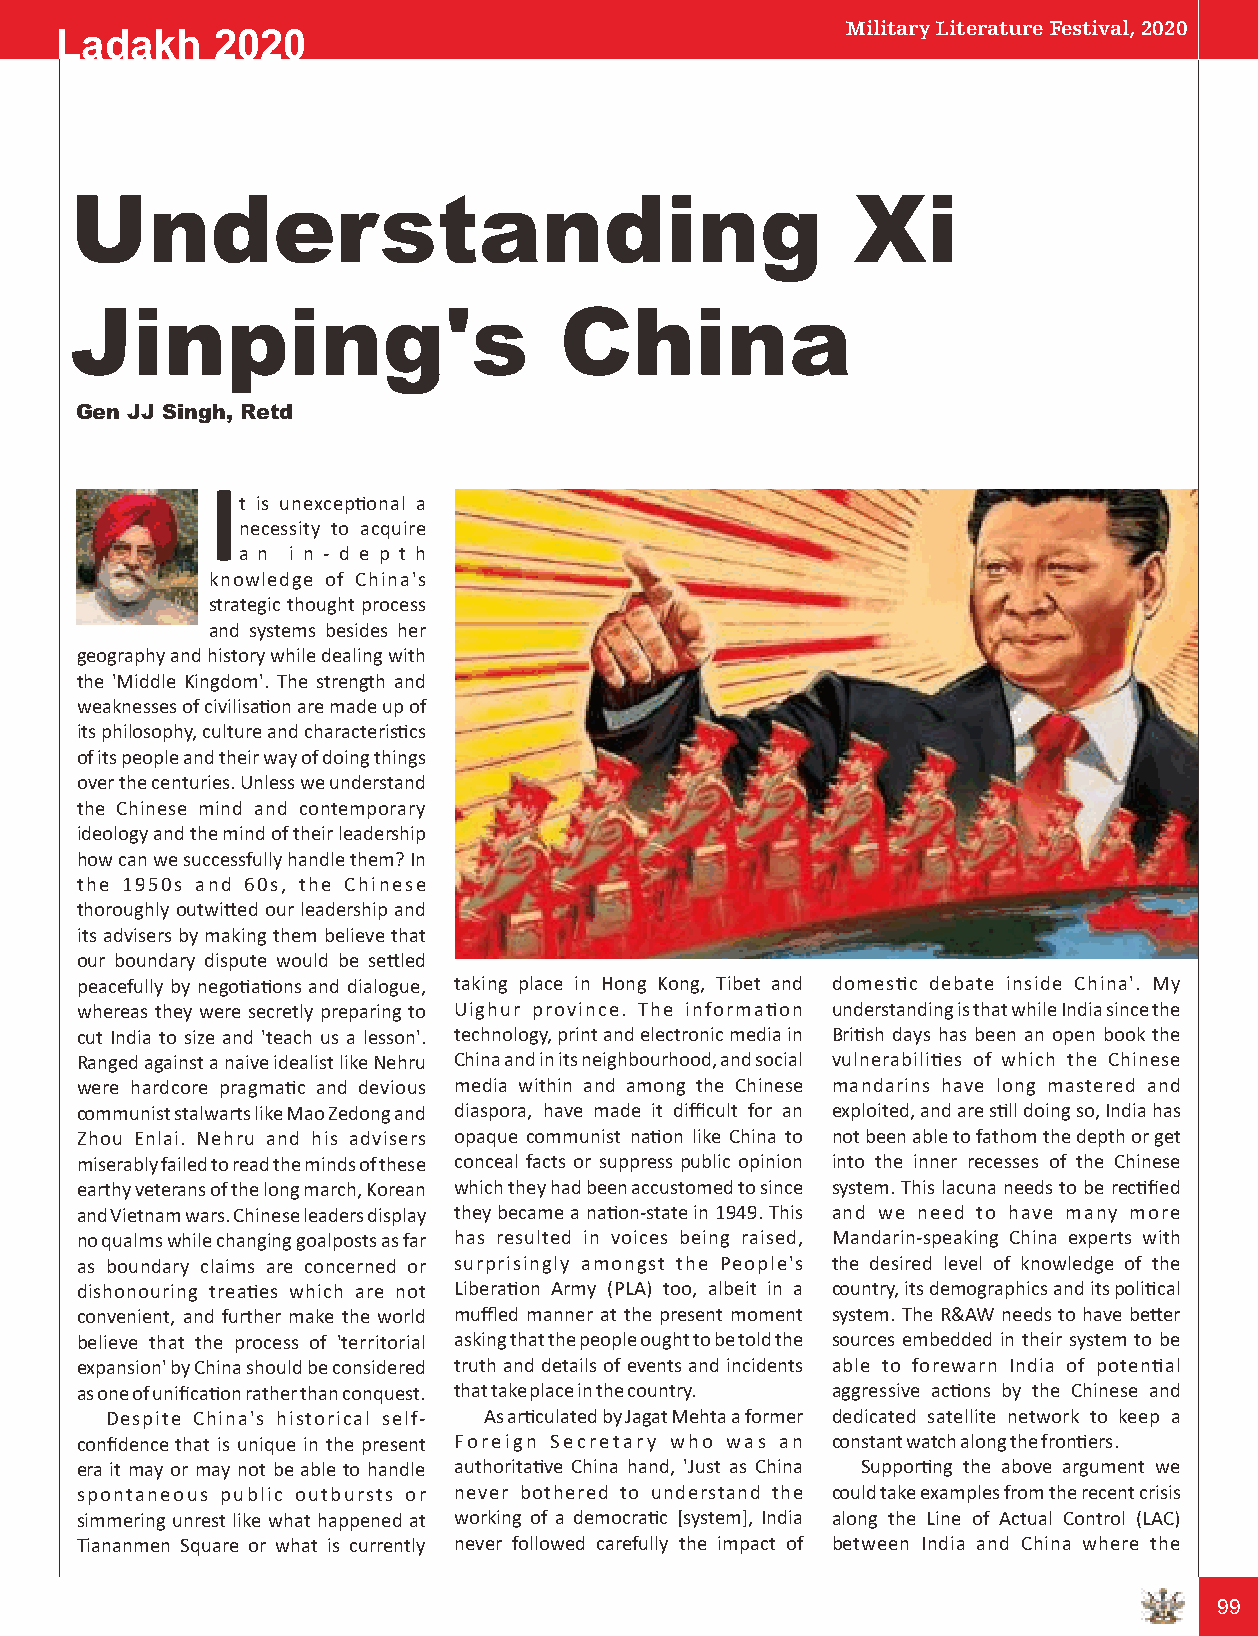
Military Literature Festival, 2020
 Ladakh    2020
 Understanding                                      Xi
 Jinping's                       China
 Gen JJ Singh, Retd
 I
 t is unexceponal a
 necessity to acquire
 a n i n - d e p t h
 knowledge of China's
 strategic thought process
 and systems besides her
 geography and history while dealing with
 the 'Middle Kingdom'. The strength and
 weaknesses of civilisaon are made up of
 its philosophy, culture and characteriscs
 of its people and their way of doing things
 over the centuries. Unless we understand
 the Chinese mind and contemporary
 ideology and the mind of their leadership
 how can we successfully handle them? In
 the 1950s and 60s, the Chinese
 thoroughly outwied our leadership and
 its advisers by making them believe that
 our boundary dispute would be seled
 peacefully by negoaons and dialogue, taking place in Hong Kong, Tibet and domesc debate inside China'. My
 whereas they were secretly preparing to Uighur province. The informaon understanding is that while India since the
 cut India to size and 'teach us a lesson'. technology, print and electronic media in Brish days has been an open book the
 Ranged against a naive idealist like Nehru China and in its neighbourhood, and social vulnerabilies of which the Chinese
 were hardcore pragmac and devious media within and among the Chinese mandarins have long mastered and
 communist stalwarts like Mao Zedong and diaspora, have made it difficult for an exploited, and are sll doing so, India has
 Zhou Enlai. Nehru and his advisers opaque communist naon like China to not been able to fathom the depth or get
 miserably failed to read the minds of these conceal facts or suppress public opinion into the inner recesses of the Chinese
 earthy veterans of the long march, Korean which they had been accustomed to since system. This lacuna needs to be recfied
 and Vietnam wars. Chinese leaders display they became a naon-state in 1949. This and we need to have many more
 no qualms while changing goalposts as far has resulted in voices being raised, Mandarin-speaking China experts with
 as boundary claims are concerned or surprisingly amongst the People's the desired level of knowledge of the
 dishonouring treaes which are not Liberaon Army (PLA) too, albeit in a country, its demographics and its polical
 convenient, and further make the world muffled manner at the present moment system. The R&AW needs to have beer
 believe that the process of 'territorial asking that the people ought to be told the sources embedded in their system to be
 expansion' by China should be considered truth and details of events and incidents able to forewarn India of potenal
 as one of unificaon rather than conquest. that take place in the country. aggressive acons by the Chinese and
 Despite China's historical self- As arculated by Jagat Mehta a former dedicated satellite network to keep a
 confidence that is unique in the present Foreign Secretary who was an constant watch along the froners.
 era it may or may not be able to handle authoritave China hand, 'Just as China Supporng the above argument we
 spontaneous public outbursts or never bothered to understand the could take examples from the recent crisis
 simmering unrest like what happened at working of a democrac [system], India along the Line of Actual Control (LAC)
 Tiananmen Square or what is currently never followed carefully the impact of between India and China where the
 99